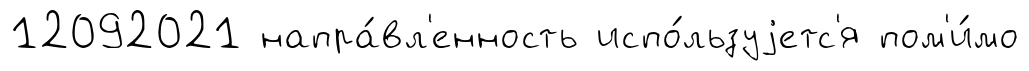
12092021 напра́вл'енность испо́льзуjетс'я пом'и́мо